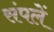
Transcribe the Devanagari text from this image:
संपलें